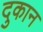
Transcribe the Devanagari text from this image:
दुकान